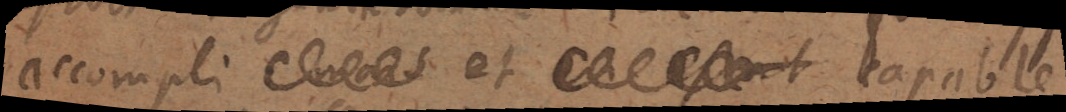
accompli et capable